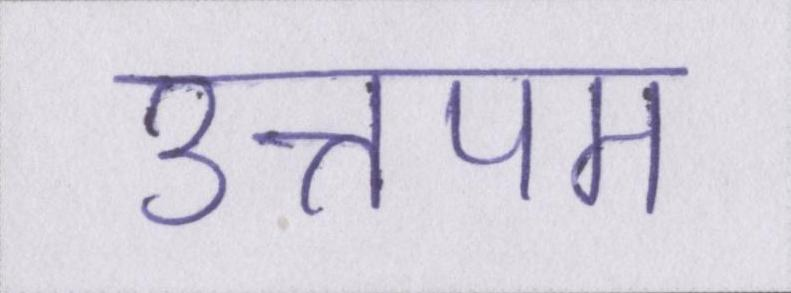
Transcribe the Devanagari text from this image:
उत्तपम